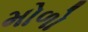
મોળો